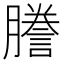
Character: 謄